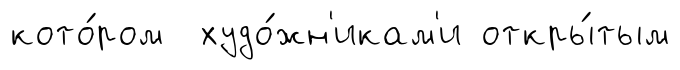
кото́ром худо́жн'икам'и откры́тым